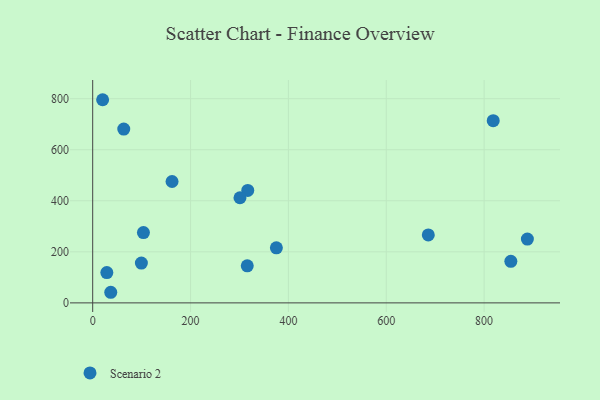
{"axis": {"x": "Study Hours", "y": "Rating"}, "legend": ["Scenario 2"], "data": [{"x": "20.3", "y": 795.9, "type": "Scenario 2"}, {"x": "99.5", "y": 155.8, "type": "Scenario 2"}, {"x": "854.6", "y": 162.9, "type": "Scenario 2"}, {"x": "162.2", "y": 475.6, "type": "Scenario 2"}, {"x": "818.6", "y": 713.9, "type": "Scenario 2"}, {"x": "685.9", "y": 266.1, "type": "Scenario 2"}, {"x": "103.7", "y": 275.4, "type": "Scenario 2"}, {"x": "316.9", "y": 440.4, "type": "Scenario 2"}, {"x": "36.9", "y": 41.6, "type": "Scenario 2"}, {"x": "375.4", "y": 215.8, "type": "Scenario 2"}, {"x": "28.9", "y": 118.9, "type": "Scenario 2"}, {"x": "301.0", "y": 411.8, "type": "Scenario 2"}, {"x": "63.5", "y": 681.0, "type": "Scenario 2"}, {"x": "315.9", "y": 145.2, "type": "Scenario 2"}, {"x": "888.4", "y": 250.0, "type": "Scenario 2"}]}